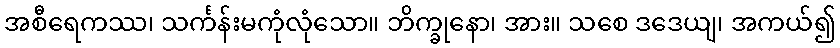
အစီရေကဿ၊ သင်္ကန်းမကုံလုံသော။ ဘိက္ခုနော၊ အား။ သစေ ဒဒေယျ၊ အကယ်၍